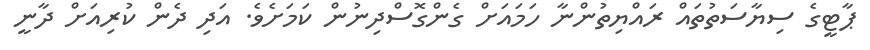
ޕާޓީގެ ސިޔާސަތުތައް ރައްޔިތުންނާ ހަމައަށް ގެންގޮސްދިނުން ކަމަށެވެ. އަދި ދެން ކުރިއަށް ދާނީ